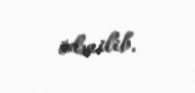
ödənilib.